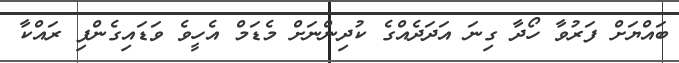
ބައްޔަށް ފަރުވާ ހޯދާ ގިނަ އަދަދެއްގެ ކުދިންނަށް މެޑަމް އެހީވެ ވަޑައިގެންފި ރައްކާ